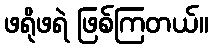
ဖရိုဖရဲ ဖြစ်ကြတယ်။